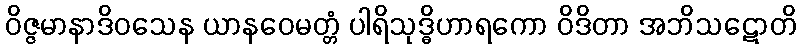
ဝိဇ္ဇမာနာဒိဝသေန ယာနဝေမတ္တံ ပါရိသုဒ္ဓိဟာရကော ဝိဒိတာ အဘိသဋောတိ